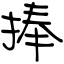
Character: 捧